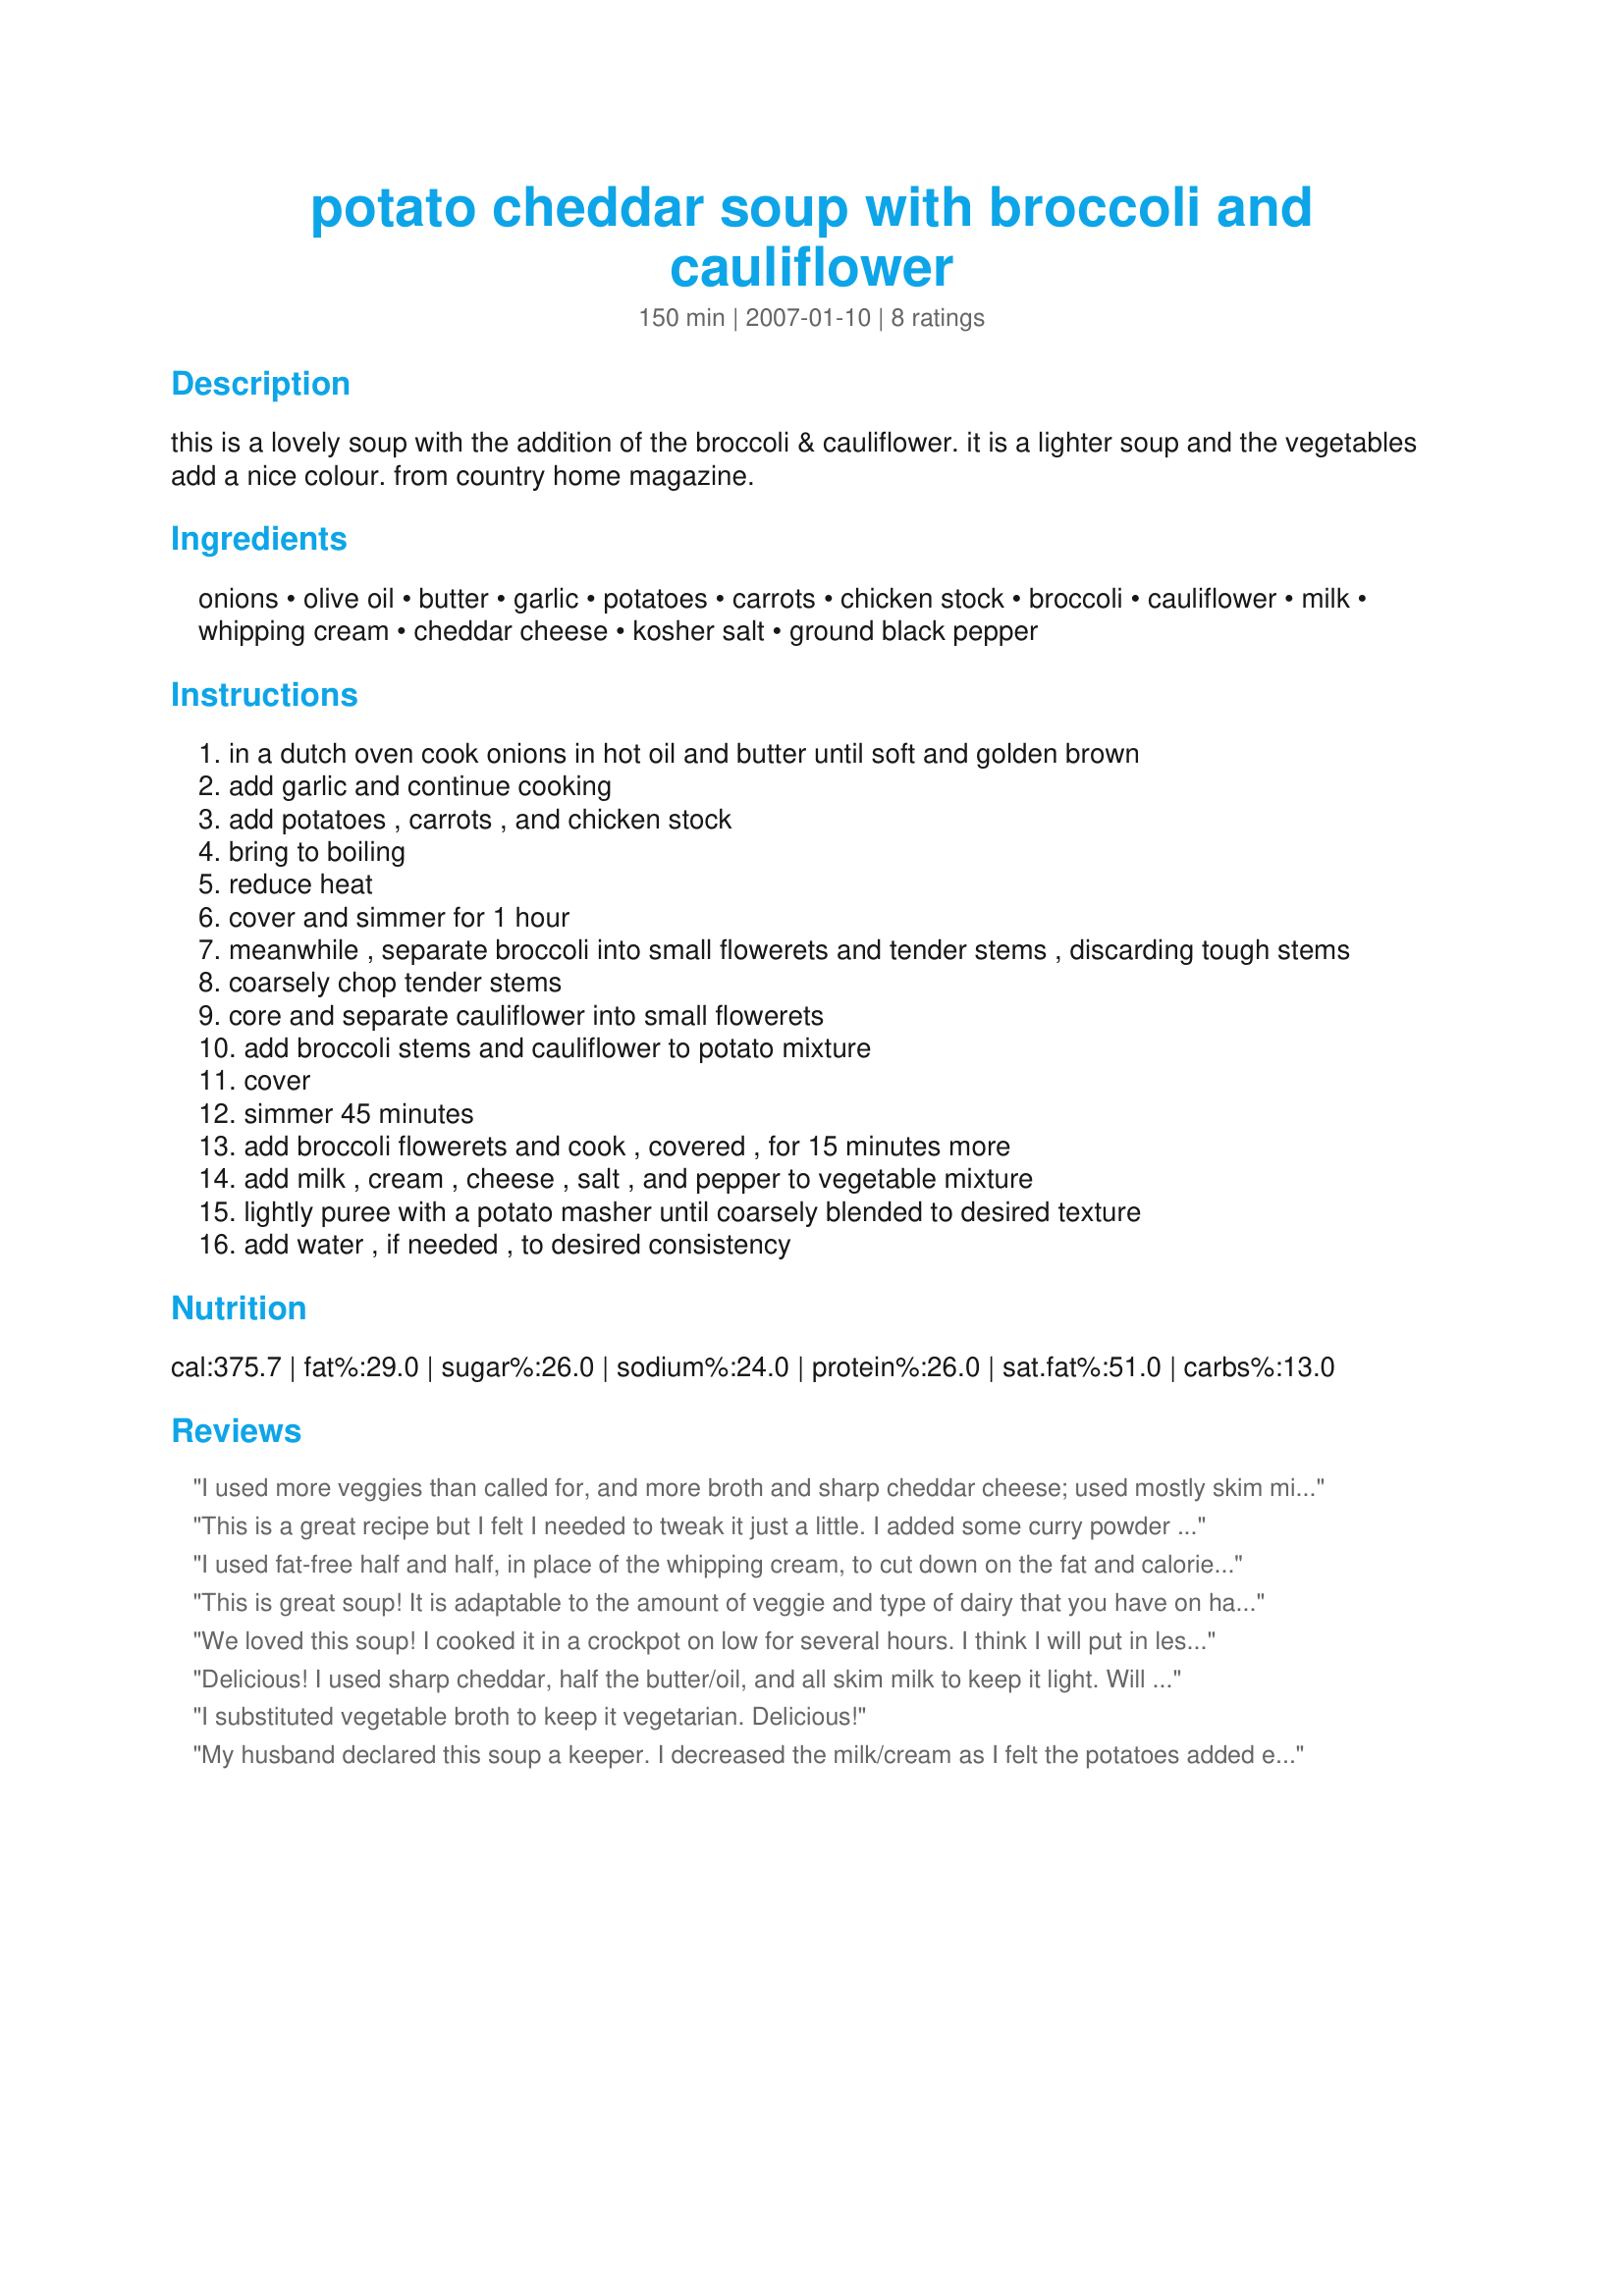
potato cheddar soup with broccoli and cauliflower
Preparation time: 150 minutes

this is a lovely soup with the addition of the broccoli & cauliflower. it is a lighter soup and the vegetables add a nice colour. from country home magazine.

Ingredients:
onions, olive oil, butter, garlic, potatoes, carrots, chicken stock, broccoli, cauliflower, milk, whipping cream, cheddar cheese, kosher salt, ground black pepper

Steps:
in a dutch oven cook onions in hot oil and butter until soft and golden brown
add garlic and continue cooking
add potatoes , carrots , and chicken stock
bring to boiling
reduce heat
cover and simmer for 1 hour
meanwhile , separate broccoli into small flowerets and tender stems , discarding tough stems
coarsely chop tender stems
core and separate cauliflower into small flowerets
add broccoli stems and cauliflower to potato mixture
cover
simmer 45 minutes
add broccoli flowerets and cook , covered , for 15 minutes more
add milk , cream , cheese , salt , and pepper to vegetable mixture
lightly puree with a potato masher until coarsely blended to desired texture
add water , if needed , to desired consistency

Reviews:
I used more veggies than called for, and more broth and sharp cheddar cheese; used mostly skim milk and some fat-free half-n-half. Loved it! Delicious and healthy. A keeper.
Thanks,
Jan
This is a great recipe but I felt I needed to tweak it just a little. I added some curry powder and more cheese than it called for and also salt to my liking:) it is SO good, perfection!
I used fat-free half and half, in place of the whipping cream, to cut down on the fat and calories. My husband thought it needed some bacon, but then again, he thinks bacon should be one of the major food groups! :) I also used sharp cheddar for the cheese. Very tasty!
This is great soup! It is adaptable to the amount of veggie and type of dairy that you have on hand without changing it completely into something else. By all means though, try it as is, yum!
We loved this soup! I cooked it in a crockpot on low for several hours. I think I will put in less potatoes next time. I didn't have Kosher salt, but used sea salt. I also used for the broth half organic chicken broth and half organic vegetable broth. I added a little more (about half a cup more) cheese, used 2 percent milk, but everything else was the same as the recipe. I will definitely use this recipe again over the winter months!
Delicious! I used sharp cheddar, half the butter/oil, and all skim milk to keep it light. Will definitely make again!
I substituted vegetable broth to keep it vegetarian. Delicious!
My husband declared this soup a keeper. I decreased the milk/cream as I felt the potatoes added enough creaminess. :)
